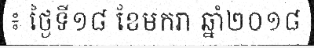
៖ ថ្ងៃទី១៨ ខែមករា ឆ្នាំ២០១៨